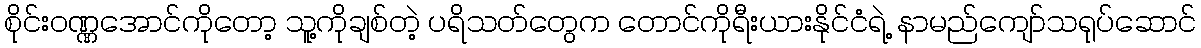
စိုင်းဝဏ္ဏအောင်ကိုတော့ သူ့ကိုချစ်တဲ့ ပရိသတ်တွေက တောင်ကိုရီးယားနိုင်ငံရဲ့ နာမည်ကျော်သရုပ်ဆောင်